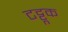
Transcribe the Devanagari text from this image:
टट्टूक